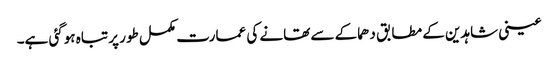
عینی شاہدین کے مطابق دھماکے سے تھانے کی عمارت مکمل طور پر تباہ ہوگئی ہے۔